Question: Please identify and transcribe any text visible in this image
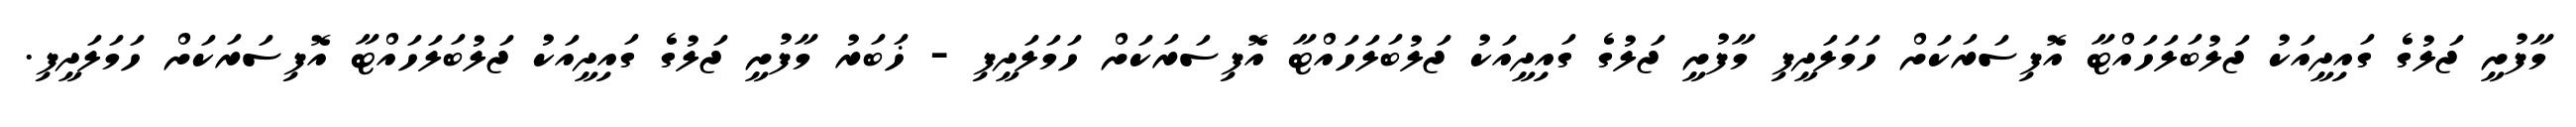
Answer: މާފުށީ ޖަލުގެ ގައިދީއަކު ޖަލުބަލަހައްޓާ އޮފިސަރަކަށް ހަމަލަދީފި މާފުށީ ޖަލުގެ ގައިދީއަކު ޖަލުބަލަހައްޓާ އޮފިސަރަކަށް ހަމަލަދީފި - ޚަބަރު މާފުށީ ޖަލުގެ ގައިދީއަކު ޖަލުބަލަހައްޓާ އޮފިސަރަކަށް ހަމަލަދީފި.